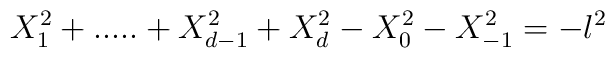
X^2_1+.....+X^2_{d-1}+X^2_d-X^2_0-X^2_{-1} = -l^2